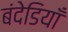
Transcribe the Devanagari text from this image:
बंदेडियाँ